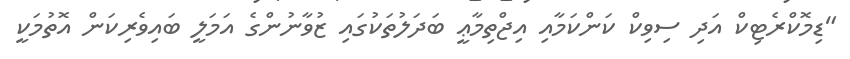
"ޑިމޮކްރެޓިކް އަދި ސިވިކް ކަންކަމާއި އިޖްތިމާޢީ ބަދަލުތަކުގައި ޒުވާނުންގެ އަމަލީ ބައިވެރިކަން އޮތުމަކީ